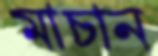
মাচান